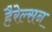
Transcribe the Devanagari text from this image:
हैरेल्सन